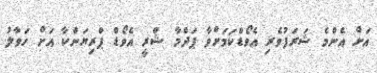
އަށް އެންމެ ޝަރަފުވެރި އެވޯޑްކަމަށްވާ ޕަދްމާ ޝްރީ އެވޯޑް ޕްރިޔަންކާ އަށް ހަވާލު